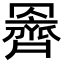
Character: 𮊞